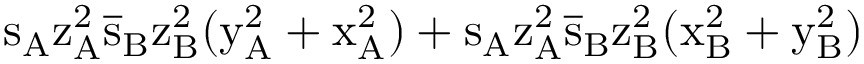
\mathrm { s _ { A } \mathrm { z _ { A } ^ { 2 } \mathrm { \overline { { s } } _ { B } \mathrm { z _ { B } ^ { 2 } ( \mathrm { y _ { A } ^ { 2 } + \mathrm { x _ { A } ^ { 2 } ) + \mathrm { s _ { A } \mathrm { z _ { A } ^ { 2 } \mathrm { \overline { { s } } _ { B } \mathrm { z _ { B } ^ { 2 } ( \mathrm { x _ { B } ^ { 2 } + \mathrm { y _ { B } ^ { 2 } ) } } } } } } } } } } } }